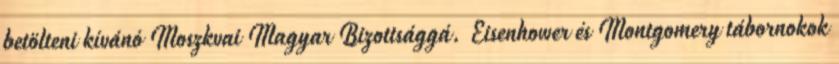
betölteni kívánó Moszkvai Magyar Bizottsággá. Eisenhower és Montgomery tábornokok